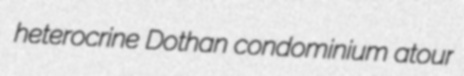
heterocrine Dothan condominium atour